Punjab Mental Hospital Lahore 1932-46 - 1932-1946
Year: 1932
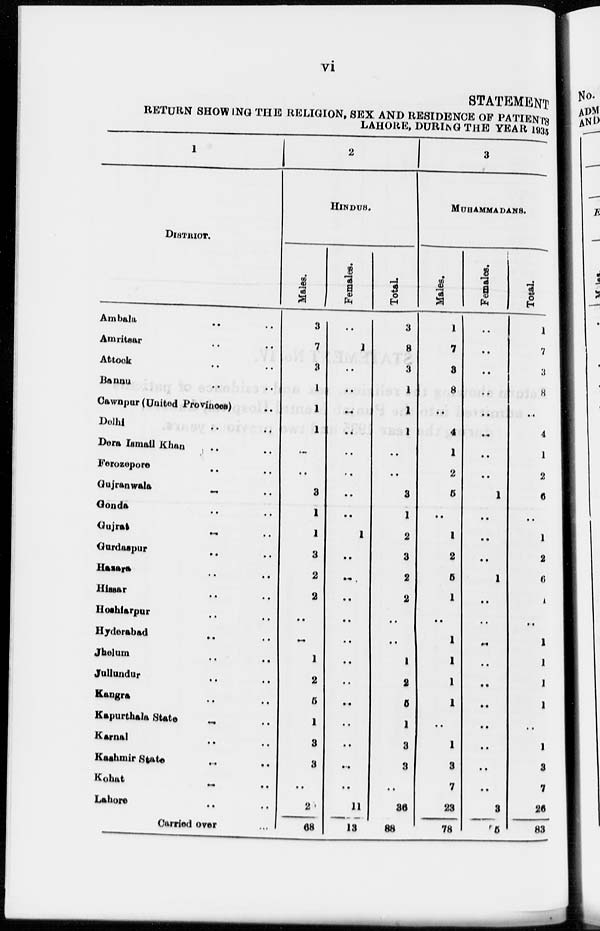
vi
STATEMENT
RETURN SHOWING THE RELIGION, SEX AND RESIDENCE OF PATIENTS
LAHORE, DURING THE YEAR 1935
1
DISTRICT.
Ambala .. ..
Amritsar
..
..
Attock .. ..
Bannu .. ..
Cawnpur (United Provinces) ..
Delhi
..
..
Dera Ismail Khan .. ..
Ferozepore .. ..
Gujranwala
..
..
Gonda
..
..
Gujrat
..
..
Gurdaspur .. ..
Hazara
..
..
Hissar
..
..
Hoshiarpur .. ..
Hyderabad .. ..
Jhelum .. ..
Jallundur .. ..
Kangra .. ..
Kapurthala State .. ..
Karnal .. ..
Kashmir State .. ..
Kohat .. ..
Lahore .. ..
Carried over ..
2
HINDUS.
Males.
3
7
3
1
1
1
..
..
3
1
1
3
2
2
..
..
1
2
5
1
3
3
..
2
68
Females.
..
1
..
..
..
..
..
..
..
..
1
..
..
..
..
..
..
..
..
..
..
..
..
11
13
Total
3
8
3
1
1
1
..
..
3
1
2
3
2
2
..
..
1
2
5
1
3
3
..
36
88
3
MUHAMMADANS.
Males.
1
7
3
8
..
4
1
2
5
..
1
2
5
1
..
1
1
1
1
..
1
3
7
23
78
Females.
..
..
..
..
..
..
..
..
1
..
..
..
1
..
..
..
..
..
..
..
..
..
..
3
5
Total.
1
7
3
8
..
4
1
2
6
..
1
2
6
1
..
1
1
1
1
..
1
3
7
26
83